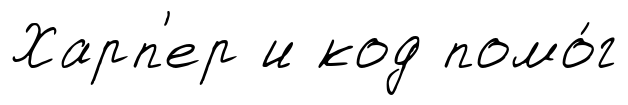
Харп'ер и код помо́г